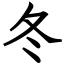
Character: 冬